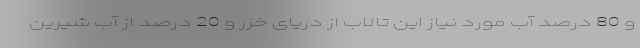
و 80 درصد آب مورد نیاز این تالاب از دریای خزر و 20 درصد از آب شیرین